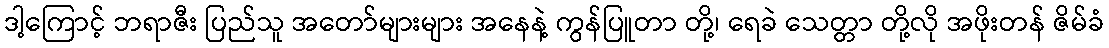
ဒါ့ကြောင့် ဘရာဇီး ပြည်သူ အတော်များများ အနေနဲ့ ကွန်ပြူတာ တို့၊ ရေခဲ သေတ္တာ တို့လို အဖိုးတန် ဇိမ်ခံ